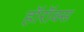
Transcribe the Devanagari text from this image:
हॉरॉक्स